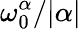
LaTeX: \omega_{0}^{\alpha}/\vert\alpha\vert